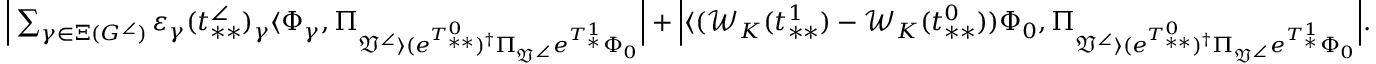
\begin{array} { r l } & { \Big | \sum _ { \gamma \in \Xi ( G ^ { \angle } ) } \varepsilon _ { \gamma } ( t _ { * * } ^ { \angle } ) _ { \gamma } \langle \Phi _ { \gamma } , \Pi _ { \mathfrak { V } ^ { \angle } \rangle ( e ^ { T _ { * * } ^ { 0 } } ) ^ { \dag } \Pi _ { \mathfrak { V } ^ { \angle } } e ^ { T _ { * } ^ { 1 } } \Phi _ { 0 } } \Big | + \Big | \langle ( \mathcal { W } _ { K } ( t _ { * * } ^ { 1 } ) - \mathcal { W } _ { K } ( t _ { * * } ^ { 0 } ) ) \Phi _ { 0 } , \Pi _ { \mathfrak { V } ^ { \angle } \rangle ( e ^ { T _ { * * } ^ { 0 } } ) ^ { \dag } \Pi _ { \mathfrak { V } ^ { \angle } } e ^ { T _ { * } ^ { 1 } } \Phi _ { 0 } } \Big | . } \end{array}